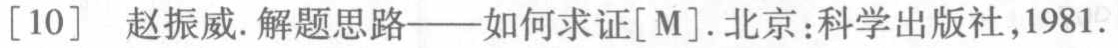
[10] 赵振威. 解题思路——如何求证[M]. 北京:科学出版社,1981.